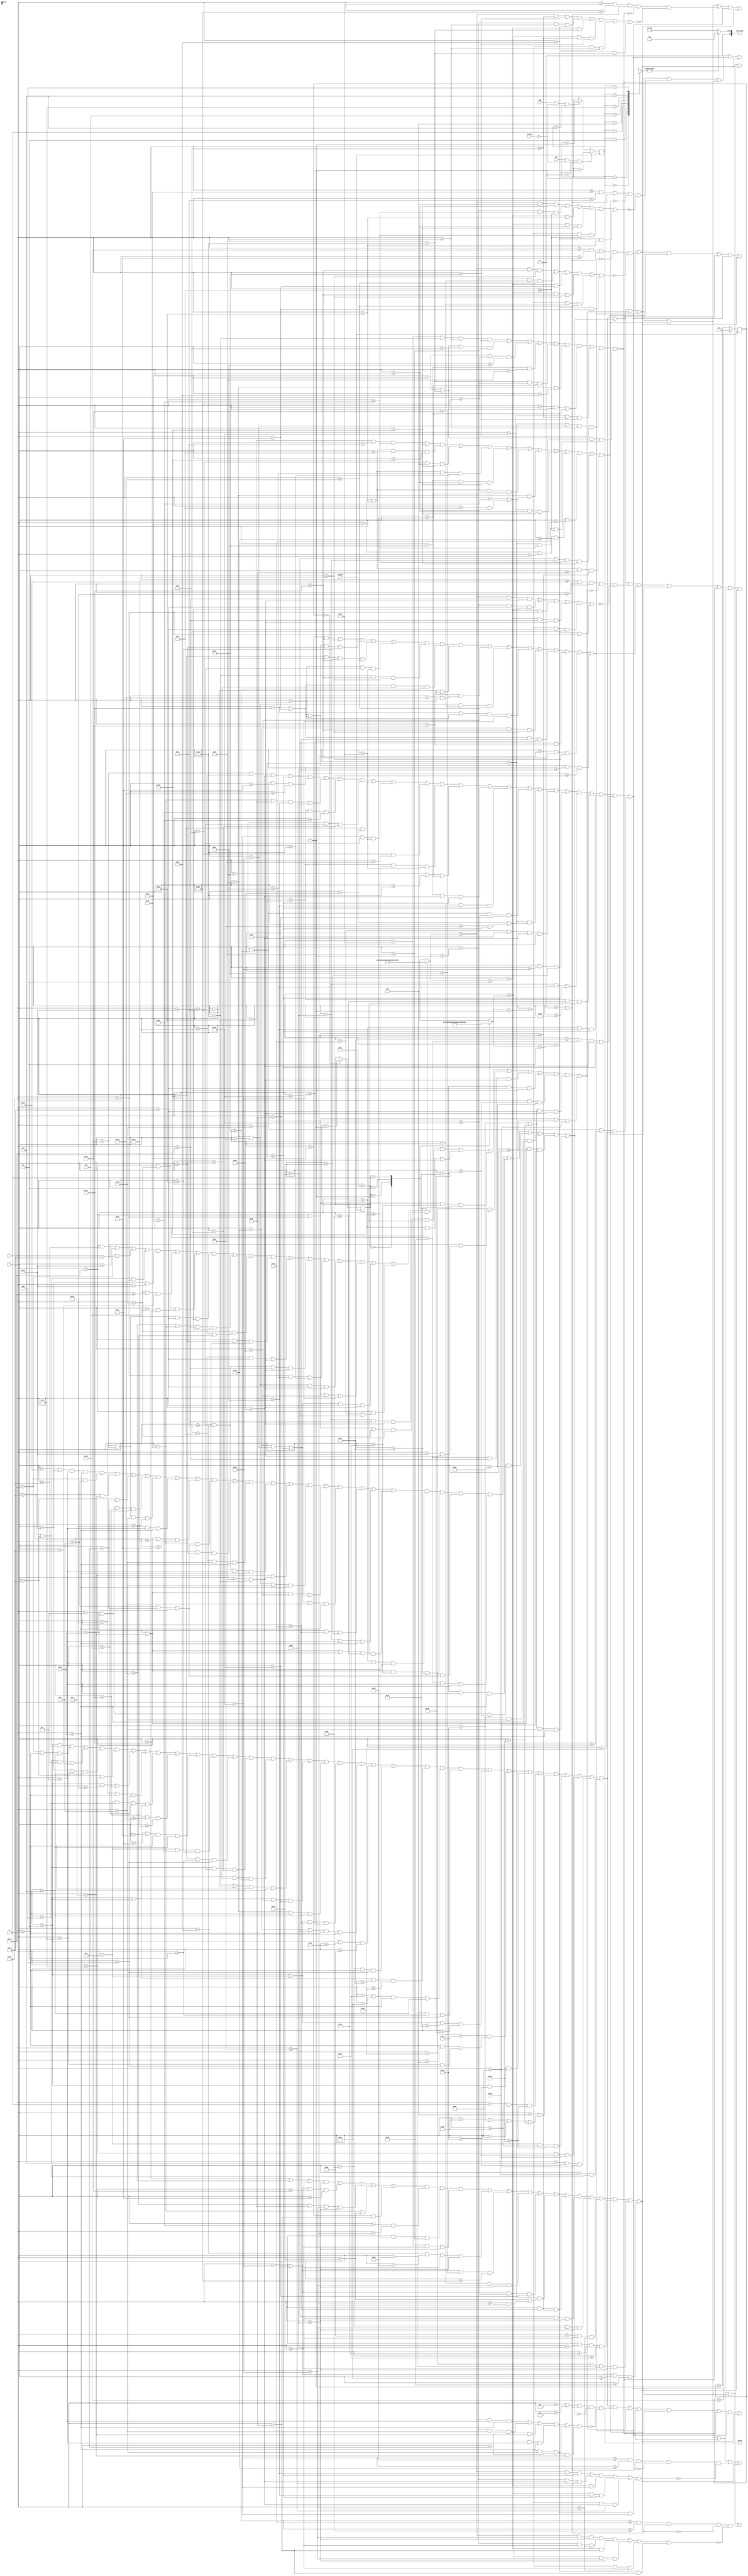
`timescale 1ns / 1ps
//////////////////////////////////////////////////////////////////////////////////
// Company: 
// Engineer: 
// 
// Design Name: 
// Module Name: menu
// Project Name: 
// Target Devices: 
// Tool Versions: 
// Description: 
// 
// Dependencies: 
// 
// Revision:
// Revision 0.01 - File Created
// Additional Comments:
// 
//////////////////////////////////////////////////////////////////////////////////


module menu(input pbu, pbd, input [31:0] x, y, input clk100, input [1:0] screen, output reg [15:0] oled_data, output reg [3:0] state = 0);

// AKA STATE CONTROL MODULE

    reg [31:0] aleft = 2;
    reg [31:0] aright = 94;
    reg [31:0] counter = 0;
    reg [1:0] arrowstate = 0;
    parameter [31:0]h1 = 12;
    parameter [31:0]h2 = 19;
    parameter [31:0]h3 = 26;
    parameter [31:0]h4 = 33;
    parameter [31:0]h5 = 40;
    parameter [31:0]h6 = 47; 
    parameter [31:0]h7 = 54;
    
    
    wire [15:0] menudisp [8:0];
    wire geolocator, southamerica, northamerica, europe, africa, asia, australia, antartica;
    wire arr1, arr2, arr3, arr4, arr5, arr6, arr7;
    wire boxwidth, box1, box2, box3, box4, box5, box6, box7;
    
    assign geolocator = (y == 2 && (x == 20 || x == 21)) || (x == 19 && y >= 3 && y <= 7) || (y == 8 && x >= 20 && x <= 21) || (x == 22 && y >= 6 && y <= 7) || (x == 21 && y == 6) || //G
                        (y == 2 && x >= 24 && x <= 26) || (x == 24 && y >= 3 && y <= 8) || ((y == 5 || y == 8) && x >= 25 && x <= 26) || //E
                        ((y == 2 || y == 8) && x >= 29 && x <= 30) || ((x == 28 || x == 31) && y >= 3 && y <= 7) || //O
                        (y == 5 && x >= 33 && x <= 35) || //-
                        (x == 37 && y >= 2 && y <= 8) || (y == 8 && x >= 38 && x <= 40) || //L  
                        ((y == 2 || y == 8) && x >= 43 && x <= 44) || ((x == 42 || x == 45) && y >= 3 && y <= 7) || //O
                        ((y == 2 || y == 8) && x >= 48 && x <= 50) || (x == 47 && y >= 3 && y <= 7) || //C
                        ((y == 2 || y == 5) && x >= 53 && x <= 54) || ((x == 52 || x == 55) && y >= 3 && y <= 7) || //A
                        (y == 2 && x >= 57 && x <= 61) || (x == 59 && y >= 3 && y <= 8) || //T
                        ((y == 2|| y == 8) && x >= 64 && x <= 65) || ((x == 63 || x == 66) && y >= 3 && y <= 7) || //O
                        (x == 68 && y >= 2 && y <= 8) || ((y == 2 || y == 5) && x >= 69 && x <= 70) || (x == 71 && ((y >= 3 && y <= 4) || (y >= 6 && y <= 8))) || //R
                        (y == 2 && x >= 74 && x <= 76) || (y == 3 && x >= 73 && x <= 77) || (y == 4 && (x == 73 || x == 74 || x == 76 || x == 77)) || (y == 5 && x >= 73 && x <= 77) || (y == 6 && x >= 74 && x <= 76) || (y == 7 && x >= 74 && x <= 76) || (x == 75 && y == 8);//Pointer
    //state = 0
    assign northamerica = ((x == 18 || x == 22) && y >= 12 && y <= 16) || (x == 19 && y == 13) || (x == 20 && y == 14) || (x == 21 && y == 15) || //N
                        ((y == 12 || y == 16) && x >= 25 && x <= 26) || ((x == 24 || x == 27) && y >= 13 && y <= 14) || //O
                        (x == 29 && y >= 12 && y <= 16) || ((y == 12 || y == 14) && x >= 30 && x <= 31) || (x == 32 && (y == 13 || y == 15 || y == 16)) || //R
                        (y == 12 && x >= 34 && x <= 38) || (x == 36 && y >= 13 && y <= 16) || //T
                        ((x == 40 || x == 43) && y >= 12 && y <= 16) || (y == 14 && (x == 41 || x == 42)) || //H
                        ((x == 47 || x == 50) && y >= 13 && y <= 16) || ((y == 12 || y == 14) && x >= 48 && x <= 49) || //A
                        ((x == 52 || x == 54 || x == 56) && y >= 13 && y <= 16) || (y == 12 && x >= 53 && x <= 55) || //M
                        (x == 58 && y >= 12 && y <= 16) || ((y == 12 || y == 14 || y == 16) && x >= 59 && x <= 60) || //E
                        (x == 62 && y >= 12 && y <= 16) || ((y == 12 || y == 14) && x >= 63 && x <= 64) || (x == 65 && (y == 13 || y == 15 || y == 16)) || //R
                        (x == 67 && y >= 12 && y <= 16) || //I
                        (x == 69 && y >= 12 && y <= 16) || ((y == 12 || y == 16) && x >= 70 && x <= 72) || //C
                        (x == 74 && y >= 13 && y <= 16) || ((y == 12 || y == 14) && x >= 75 && x <= 76) || ((x == 74 || x == 77) && y >= 13 && y <= 16); //A
    //                     
    assign southamerica = (y == 19 && x >= 20 && x <= 22) || (x == 19 && y == 20) || ((x == 20 || x == 21) && y == 21) || (x == 22 && y == 22) || (y == 23 && x >= 19 && x <= 21) || //S
                          ((y == 19 || y == 23) && (x == 25 || x == 26)) || ((x == 24 || x == 27) && y >= 20 && y <= 22) || //O
                          ((x == 29 || x == 32) && y >= 19 && y <= 22) || (y == 23 && (x == 30 || x == 31)) || //U
                          ((y == 19) && x >= 34 && x <= 38) || (x == 36 && y >= 20 && y <= 23) || //T
                          ((x == 40 || x == 43) && y >= 19 && y <= 23) || (y == 21 && x >= 41 && x <= 42) || //H
                          ((x == 47 || x == 50) && y >= 20 && y <= 23) || ((y == 19 || y == 21) && x >= 48 && x <= 49) || // A
                          ((x == 52 || x == 54 || x == 56) && y >= 20 && y <= 23) || (y == 19 && (x == 53 || x == 55)) || //M
                          (x == 58 && y >= 19 && y <= 23) || ((y == 19 || y == 21 || y == 23) && x >= 59 && x <= 60) || //E
                          (x == 62 && y >= 19 && y <= 23) || ((y == 19 || y == 21) && x >= 63 && x <= 64) || (x == 65 && (y == 20 || (y >= 22 && y <= 23))) || //R
                          (x == 67 && y >= 19 && y <= 23) || //I
                          (x == 69 && y >= 20 && y <= 22) || ((y == 19 || y == 23) && x >= 70 && x <= 72) || //C
                          ((x == 74 || x == 77) && y >= 20 && y <= 23) || ((y == 19 || y == 21) && x >= 75 && x <= 76); //A
                          
    assign europe = (x == 33 && y >= 26 && y <= 30) || ((y == 26 || y == 28 || y == 30) && x >= 34 && x <= 35) || //E
                    ((x == 37 || x == 40) && y >= 26 && y <= 29) || (y == 30 && x >= 38 && x <= 39) || //U
                    (x == 42 && y >= 26 && y <= 30) || ((y == 26 || y == 28) && x >= 43 && x <= 44) || (x == 45 && y == 27) || (x == 45 && (y == 29 || y == 30)) || //R
                    ((x == 47 || x == 50) && y >= 27 && y <= 29) || ((y == 26 || y == 30) && x >= 48 && x <= 49) || //O
                    (x == 52 && y >= 26  && y <= 30) || ((y == 26 || y == 28) && x >= 53 && x <= 54) || (x == 55 && y == 27) || //R
                    (x == 57 && y >= 26 && y <= 30) || ((y == 26 || y == 28 || y == 30) && x >= 58 && x <= 59); //E
                    
    assign africa = ((x == 35 || x == 38) && y >= 34 && y <= 37) || ((y == 33 || y == 35) && x >= 36 && x <= 37) || //A
                    (x == 40 && y >= 33 && y <= 37) || ((y == 33 || y == 35) && x >= 41 && x <= 42) || //F
                    (x == 44 && y >= 33 && y <= 37) || ((y == 33 || y == 35) && x >= 45 && x <= 46) || (x == 47 && (y == 34 || (y >= 36 && y <= 37))) || //R
                    (x == 49 && y >= 33 && y <= 37) || //I
                    (x == 51 && y >= 34 && y <= 36) || ((y == 33 || y == 37) && x >= 52 && x <= 53) || //C
                    ((x == 55 || x == 58) && y >= 34 && y <= 37) || ((y == 33 || y == 35) && x >= 56 && x <= 57); //A
                                                        
    assign asia = ((x == 39 || x == 42) && y >= 41 && y <= 44) || ((y == 40 || y == 42) && x >= 40 && x <= 41) || //A
                  ((y == 40) && x >= 45 && x <= 47) || (x == 44 && y == 41) || (y == 42 && x >= 45 && x <= 46) || (x == 47 && y == 43) || (y == 44 && x >= 44 && x <= 46) || //S 
                  (x == 49 && y >= 40 && y <= 44) || //I
                  ((x == 51 || x == 54) && y >= 41 && y <= 44) || ((y == 40 || y == 42) && x >= 52 && x <= 53); //A
                  
    assign australia = ((x == 27 || x == 30) && y >= 48 && y <= 51) || ((y == 47 || y == 49) && x >= 28 && x <= 29) || //A
                       ((x == 32 || x == 35) && y >= 47 && y <= 50) || (y == 51 && x >= 33 && x <= 34) || //U
                       (y == 47 && x >= 38 && x <= 40) || (x == 37 && y == 48) || (y == 49 && x >= 38 && x <= 39) || (x == 40 && y == 50) || (y == 51 && x >= 37 && x <= 39) || //S
                       (y == 47 && x >= 42 && x <= 46) || (x == 44 && y >= 48 && y <= 51) || //T
                       (x == 48 && y >= 47 && y <= 51) || ((y == 47 || y == 49) && x >= 49 && x <= 50) || (x == 51 && (y == 48 || (y >= 50 && y <= 51))) || //R
                       ((x == 53 || x == 56) && y >= 48 && y <= 51) || ((y == 47 || y == 49) && x >= 54 && x <= 55) || //A
                       (x == 58 && y >= 47 && y <= 51) || (y == 51 && x >= 59 && x <= 60) || //L
                       (x == 62 && y >= 47 && y <= 51) || //I
                       ((x == 64 || x == 67) && y >= 48 && y <= 51) || ((y == 47 || y == 49) && x >= 65 && x <= 66); //A
    
    assign antartica = ((x == 26 || x == 29) && y >= 55 && y <= 58) || ((y == 54 || y == 56) && x >= 27 && x <= 28) || //A
                       ((x == 31 || x == 35) && y >= 54 && y <= 58) || (x == 32 && y == 55) || (x == 33 && y == 56) || (x == 34 && y == 57) || //N
                       (y == 54 && x >= 37 && x <= 41) || (x == 39 && y >= 55 && y <= 58) || //T
                       ((x == 43 || x == 46) && y >= 55 && y <= 58) || ((y == 54 || y == 56) && x >= 44 && x <= 45) || //A
                       (x == 48 && y >= 54 && y <= 58) || ((y == 54 || y == 56) && x >= 49 && x <= 50) || (x == 51 && ((y == 55) || (y >= 57 && y <= 58))) || //R
                       (y == 54 && x >= 53 && x <= 57) || (x == 55 && y >= 55 && y <= 58) || //T
                       (x == 59 && y >= 54 && y <= 58) || //I
                       (x == 61 && y >= 55 && y <= 57) || ((y == 54 || y == 58) && x >= 62 && x <= 63) || //C
                       ((x == 65 || x == 68) && y >= 55 && y <= 58) || ((y == 54 || y == 56) && x >= 66 && x <= 67); //A


    assign boxwidth = (x >= 0 && x <= 95);
    
    assign arr1 = (x == aleft && y >= h1 && y <= h1 + 4) || (x == aleft + 1 && y >= h1 + 1 && y <= h1 + 3) || (x == aleft + 2 && y == h1 + 2) ||
                  (x == aright && y >= h1 && y <= h1 + 4) || (x == aright - 1 && y >= h1 + 1 && y <= h1 + 3) || (x == aright - 2 && y == h1 + 2);
                  
    assign arr2 = (x == aleft && y >= h2 && y <= h2 + 4) || (x == aleft + 1 && y >= h2 + 1 && y <= h2 + 3) || (x == aleft + 2 && y == h2 + 2) ||
                  (x == aright && y >= h2 && y <= h2 + 4) || (x == aright - 1 && y >= h2 + 1 && y <= h2 + 3) || (x == aright - 2 && y == h2 + 2);
                  
    assign arr3 = (x == aleft && y >= h3 && y <= h3 + 4) || (x == aleft + 1 && y >= h3 + 1 && y <= h3 + 3) || (x == aleft + 2 && y == h3 + 2) ||
                  (x == aright && y >= h3 && y <= h3 + 4) || (x == aright - 1 && y >= h3 + 1 && y <= h3 + 3) || (x == aright - 2 && y == h3 + 2);
                  
    assign arr4 = (x == aleft && y >= h4 && y <= h4 + 4) || (x == aleft + 1 && y >= h4 + 1 && y <= h4 + 3) || (x == aleft + 2 && y == h4 + 2) ||
                  (x == aright && y >= h4 && y <= h4 + 4) || (x == aright - 1 && y >= h4 + 1 && y <= h4 + 3) || (x == aright - 2 && y == h4 + 2);
                  
    assign arr5 = (x == aleft && y >= h5 && y <= h5 + 4) || (x == aleft + 1 && y >= h5 + 1 && y <= h5 + 3) || (x == aleft + 2 && y == h5 + 2) ||
                  (x == aright && y >= h5 && y <= h5 + 4) || (x == aright - 1 && y >= h5 + 1 && y <= h5 + 3) || (x == aright - 2 && y == h5 + 2);
                  
    assign arr6 = (x == aleft && y >= h6 && y <= h6 + 4) || (x == aleft + 1 && y >= h6 + 1 && y <= h6 + 3) || (x == aleft + 2 && y == h6 + 2) ||
                  (x == aright && y >= h6 && y <= h6 + 4) || (x == aright - 1 && y >= h6 + 1 && y <= h6 + 3) || (x == aright - 2 && y == h6 + 2);
                  
    assign arr7 = (x == aleft && y >= h7 && y <= h7 + 4) || (x == aleft + 1 && y >= h7 + 1 && y <= h7 + 3) || (x == aleft + 2 && y == h7 + 2) ||
                  (x == aright && y >= h7 && y <= h7 + 4) || (x == aright - 1 && y >= h7 + 1 && y <= h7 + 3) || (x == aright - 2 && y == h7 + 2);

    
    assign box1 = ((y >= h1 - 1 && y <= h1 + 5) && boxwidth && ~northamerica && ~arr1);
    assign box2 = ((y >= h2 - 1 && y <= h2 + 5) && boxwidth && ~southamerica && ~arr2);
    assign box3 = ((y >= h3 - 1 && y <= h3 + 5) && boxwidth && ~europe && ~arr3);
    assign box4 = ((y >= h4 - 1 && y <= h4 + 5) && boxwidth && ~africa && ~arr4);
    assign box5 = ((y >= h5 - 1 && y <= h5 + 5) && boxwidth && ~asia && ~arr5);
    assign box6 = ((y >= h6 - 1 && y <= h6 + 5) && boxwidth && ~australia && ~arr6);
    assign box7 = ((y >= h7 - 1 && y <= h7 + 5) && boxwidth && ~antartica && ~arr7);

    
    assign menudisp[0] = (geolocator || northamerica || southamerica || europe|| africa || asia || australia || antartica);
    assign menudisp[1] = (geolocator || box1 || southamerica || europe|| africa || asia || australia || antartica);
    assign menudisp[2] = (geolocator || northamerica || box2 || europe|| africa || asia || australia || antartica);
    assign menudisp[3] = (geolocator || northamerica || southamerica || box3|| africa || asia || australia || antartica);
    assign menudisp[4] = (geolocator || northamerica || southamerica || europe|| box4 || asia || australia || antartica);
    assign menudisp[5] = (geolocator || northamerica || southamerica || europe|| africa || box5 || australia || antartica);
    assign menudisp[6] = (geolocator || northamerica || southamerica || europe|| africa || asia || box6 || antartica);
    assign menudisp[7] = (geolocator || northamerica || southamerica || europe|| africa || asia || australia || box7);
    
    always @ (posedge clk100) begin
        state <= (pbu && screen == 0 && state > 0) ? state - 1 : (pbd && screen == 0 && state < 7) ? state + 1 : state;
    end
    
    always @ (posedge clk100) begin
    
       counter <= (counter == 25) ? 0 : counter + 1;
       arrowstate <= (counter == 0) ? arrowstate + 1 : arrowstate; 
       
    end
    
    always @ (*) begin
      
        oled_data = menudisp[state] ? 16'b0000000000000000 : 16'b0111111111111111;
        
        case (arrowstate)
        
        3'd0: begin
            aleft <= 2;
            aright <= 94;
        end 
        
        2'd1: begin
            aleft <= 3;
            aright <= 93;
        end 
        
        2'd2: begin
            aleft <= 4;
            aright <= 92;
        end 
        
        2'd3: begin
            aleft <= 5;
            aright <= 91;
        end 
    
        endcase
        
    end  
     
endmodule